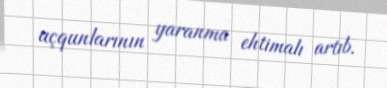
uçqunlarının yaranma ehtimalı artıb.